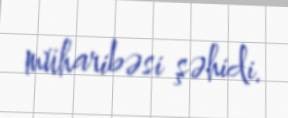
müharibəsi şəhidi.